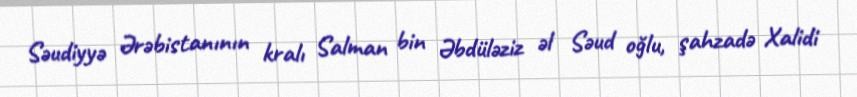
Səudiyyə Ərəbistanının kralı Salman bin Əbdüləziz əl Səud oğlu, şahzadə Xalidi